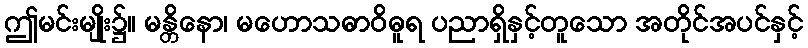
ဤမင်းမျိုး၌။ မန္တိနော၊ မဟောသဓာဝိဓူရ ပညာရှိနှင့်တူသော အတိုင်အပင်နှင့်